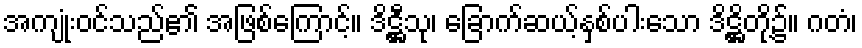
အကျုံးဝင်သည်၏ အဖြစ်ကြောင့်။ ဒိဋ္ဌီသု၊ ခြောက်ဆယ့်နှစ်ပါးသော ဒိဋ္ဌိတို့၌။ ဂတံ၊